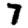
Digit: 7